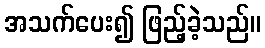
အသက်ပေး၍ ဖြည့်ခဲ့သည်။